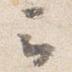
云